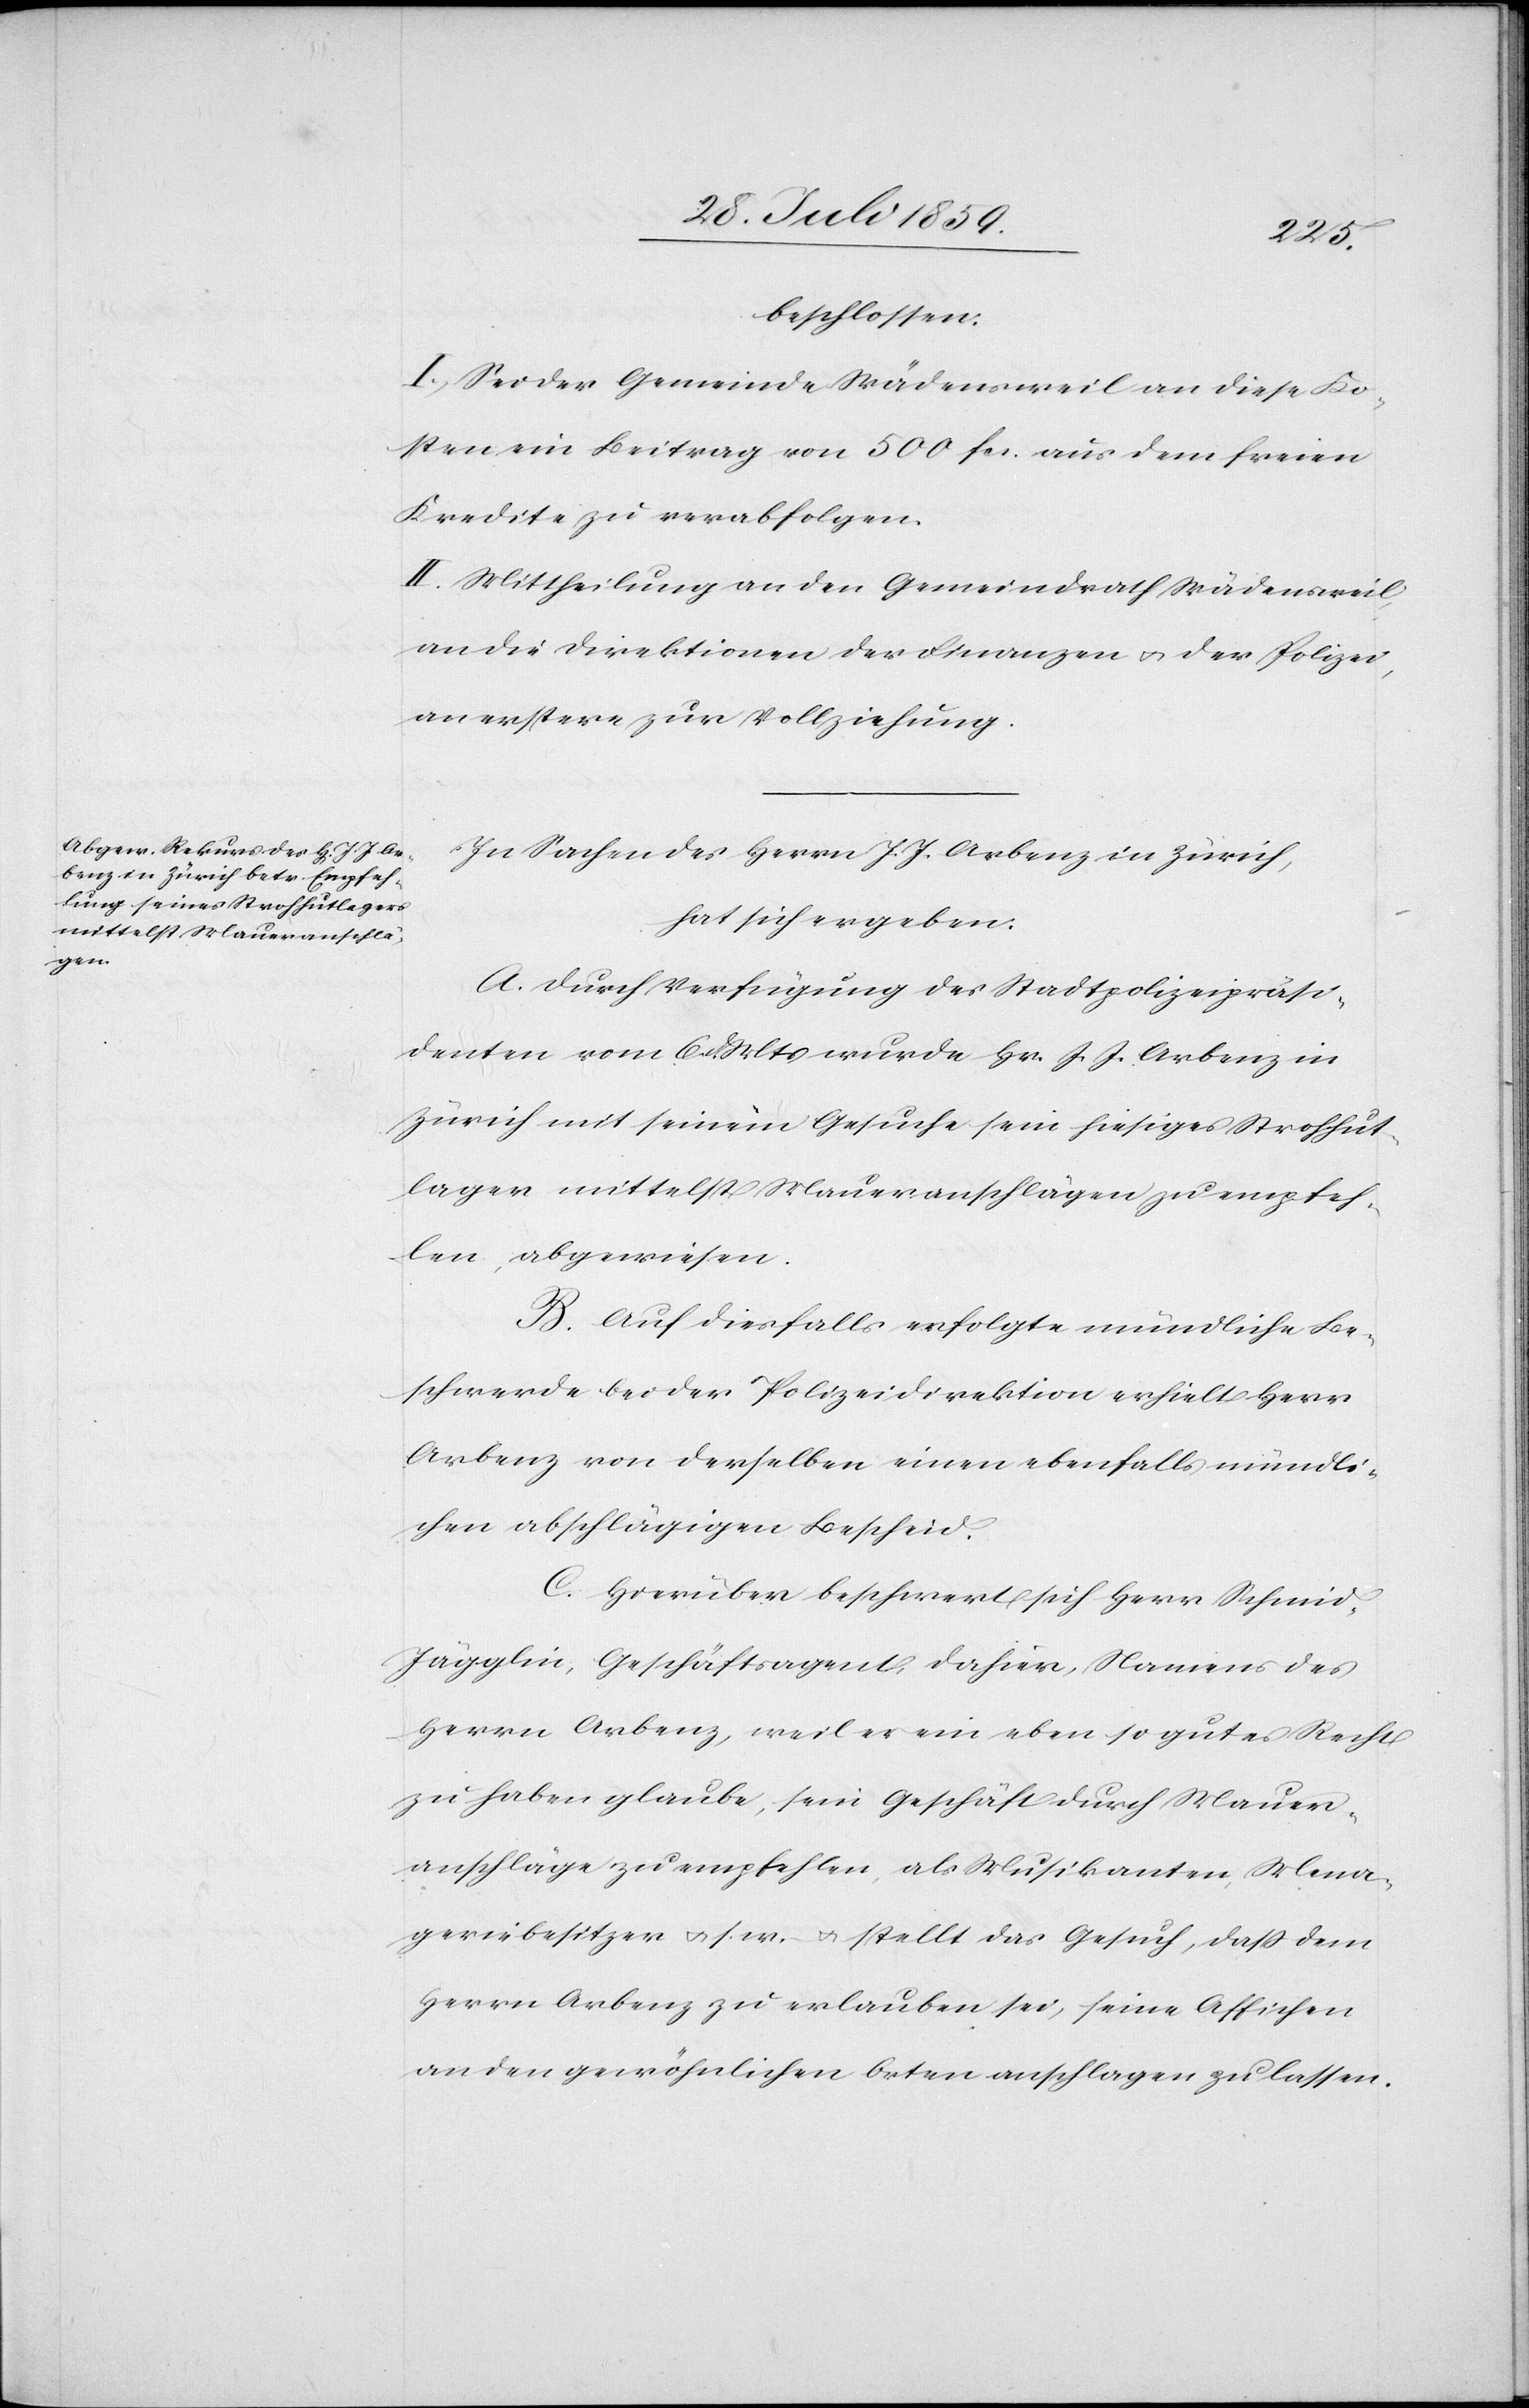
beschlossen.
I. Sei der Gemeinde Wädensweil an diese Ko¬
sten ein Beitrag von 500 fcs. aus dem freien
Kredite zu verabfolgen.
II. Mittheilung an den Gemeindrath Wädensweil,
an die Direktionen der Finanzen u. der Polizei,
an erstere zur Vollziehung.
In Sachen des Herrn J. J. Arbenz in Zürich,
hat sich ergeben:
A. Durch Verfügung des Stadtpolizeipräsi¬
denten vom 6. d. Mts. wurde Hr. J. J. Arbenz in
Zürich mit seinem Gesuche sein hiesiges Strohhut¬
lager mittelst Maueranschlägen zu empfeh¬
len, abgewiesen.
B. Auf diesfalls erfolgte mündliche Be¬
schwerde bei der Polizeidirektion erhielt Herr
Arbenz von derselben einen ebenfalls mündli¬
chen abschlägigen Bescheid.
C. Hierüber beschwert sich Herr Schmid-J¬
ägglin, Geschäftsagent, dahier, Namens des
Herrn Arbenz, weil es ein eben so gutes Recht
zu haben glaube, sein Geschäft durch Mauer¬
anschläge zu empfehlen, als Musikanten, Mena¬
geriebesitzer u. s. w. u. stellt das Gesuch, daß dem
Herrn Arbenz zu erlauben sei, seine Affichen
an den gewöhnlichen Orten anschlagen zu lassen.